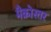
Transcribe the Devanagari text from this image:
मैक्रोस्तर